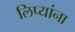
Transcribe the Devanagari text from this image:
लिप्यांना